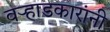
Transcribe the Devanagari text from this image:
वऱ्हाडकारांनी